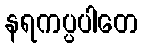
နရကပ္ပပါတေ